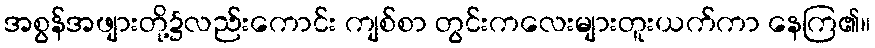
အစွန်အဖျားတို့၌လည်းကောင်း ကျစ်စာ တွင်းကလေးများတူးယက်ကာ နေကြ၏။